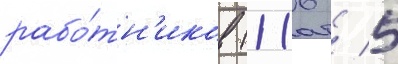
рабо́тн'иков (116 / 5